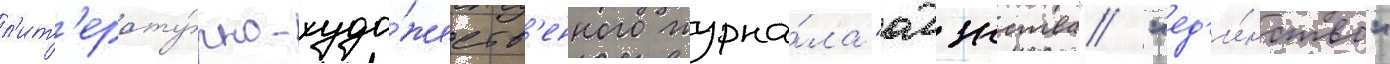
л'ит'ерату́рно-худо́жеств'енного журна́ла "адзнства"/ "ед'и́нство"